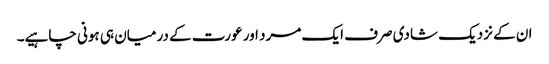
ان کے نزدیک شادی صرف ایک مرد اور عورت کے درمیان ہی ہونی چاہیے۔